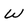
Character: w